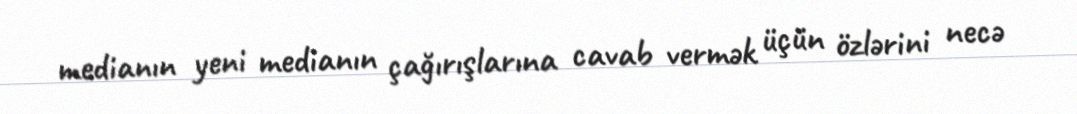
medianın yeni medianın çağırışlarına cavab vermək üçün özlərini necə